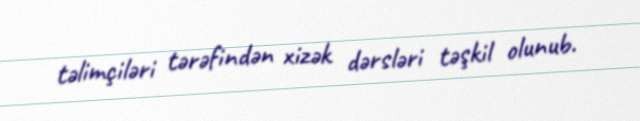
təlimçiləri tərəfindən xizək dərsləri təşkil olunub.